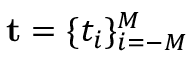
\mathbf { t } = \{ t _ { i } \} _ { i = - M } ^ { M }